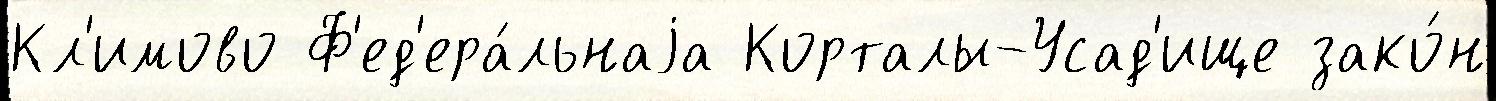
Кл'имово Ф'ед'ера́льнаjа Корталы-Усад'ище зако́н